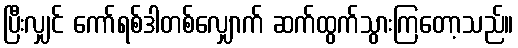
ပြီးလျှင် ကော်ရစ်ဒါတစ်လျှောက် ဆက်ထွက်သွားကြတော့သည်။